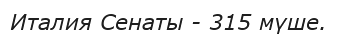
Италия Сенаты - 315 мүше.